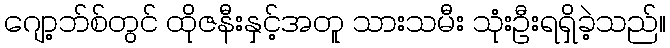
ဂျော့ဘ်စ်တွင် ထိုဇနီးနှင့်အတူ သားသမီး သုံးဦးရရှိခဲ့သည်။